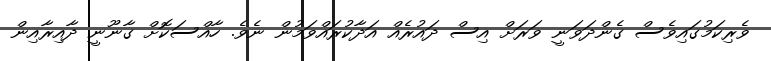
ވެރިކަމުގައިވެސް ގެންދަވަނީ ވަރަށް އިސް ދައުރެއް އަދާކުރައްވަމުން ނެވެ. ހާއްސަކޮށް ގާނޫނީ ދާއިރާއިން